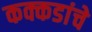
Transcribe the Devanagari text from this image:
कक्कडांचे